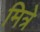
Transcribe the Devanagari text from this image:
मित्रे